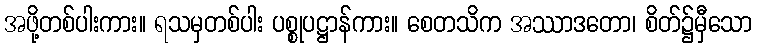
အဖို့တစ်ပါးကား။ ရသမှတစ်ပါး ပစ္စုပဋ္ဌာန်ကား။ စေတသိက အဿာဒတော၊ စိတ်၌မှီသော